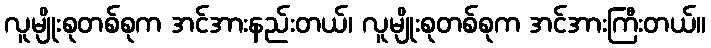
လူမျိုးစုတစ်စုက အင်အားနည်းတယ်၊ လူမျိုးစုတစ်စုက အင်အားကြီးတယ်။